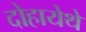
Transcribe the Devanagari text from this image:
दोहायेथे